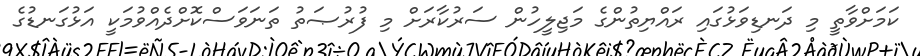
ކަމަށްވާތީ މި ދަނޑިވަޅުގައި ރައްޔިތުންގެ މަޖިލީހުން ސަރުކާރަށް މި ފުރުޞަތު ތަނަވަސްކޮށްދެއްވުމަކީ އަޅުގަނޑުގެ